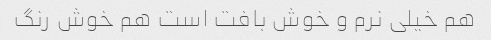
هم خیلی نرم و خوش بافت است هم خوش رنگ